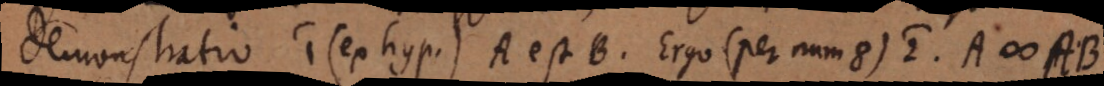
Demonstratio: 1) (ex hyp.) A est B. Ergo (per num. 8) 2) A # AB.